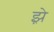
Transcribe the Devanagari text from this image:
झ़े